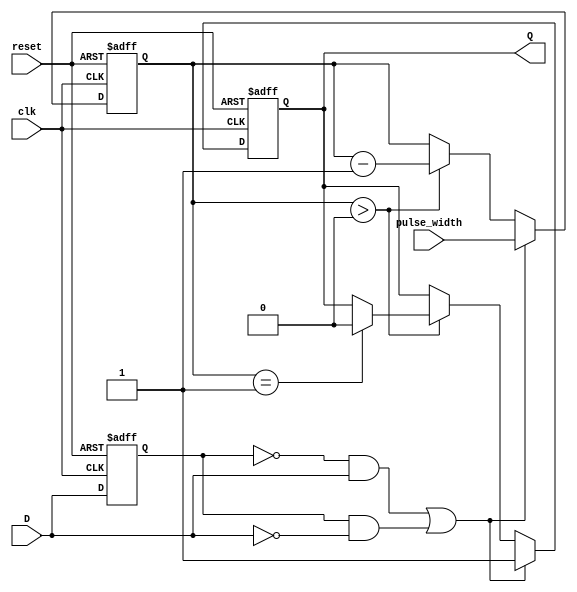
module MonostableEdgeDetector (
    input wire clk,              // Clock signal
    input wire reset,            // Asynchronous reset
    input wire D,                // Input signal to detect edges
    input wire [15:0] pulse_width, // Pulse width in clock cycles
    output reg Q                 // Output pulse signal
);

    reg D_prev;                  // Previous state of the input signal
    reg [15:0] counter;          // Counter for pulse width timing
    reg edge_detected;           // Flag for edge detection

    // Initializes the previous state and output reset
    always @(posedge clk or posedge reset) begin
        if (reset) begin
            D_prev <= 1'b0;      // Reset previous state
            Q <= 1'b0;           // Reset output pulse
            counter <= 16'b0;     // Reset counter
            edge_detected <= 1'b0; // Clear edge detection flag
        end else begin
            D_prev <= D;         // Update previous state on clock
            if ((D_prev == 1'b0 && D == 1'b1) || (D_prev == 1'b1 && D == 1'b0)) begin
                edge_detected <= 1'b1; // Rising or falling edge detected
                Q <= 1'b1;             // Start pulse
                counter <= pulse_width; // Load pulse width counter
            end else if (counter > 0) begin
                counter <= counter - 1; // Decrement pulse width counter
                if (counter == 1) begin
                    Q <= 1'b0;         // Pulse ends after pulse_width
                    edge_detected <= 1'b0; // Clear edge detection flag
                end
            end
        end
    end
endmodule